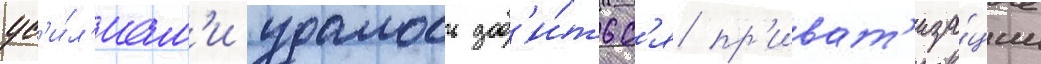
ус'и́л'иам'и удалось доб'и́тьс'я пр'иват'иза́ции